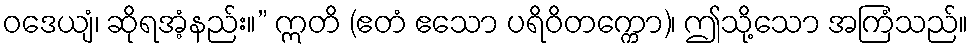
ဝဒေယျံ၊ ဆိုရအံ့နည်း။” ဣတိ (ဧတံ ဧသော ပရိဝိတက္ကော)၊ ဤသို့သော အကြံသည်။